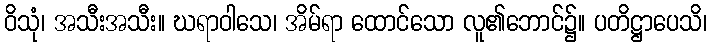
ဝိသုံ၊ အသီးအသီး။ ဃရာဝါသေ၊ အိမ်ရာ ထောင်သော လူ၏ဘောင်၌။ ပတိဋ္ဌာပေသိ၊